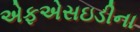
એફએસઇડીના